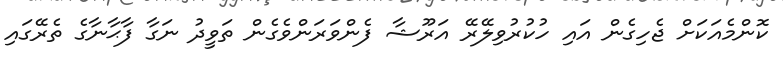
ކޮންމެއަކަށް ޖެހިގެން އައި ހުކުރުވިލޭރޭ އަރޫޝާ ފެންވަރަންވެގެން ތަވީދު ނަގާ ފާޙާނާގެ ތެރޭގައި